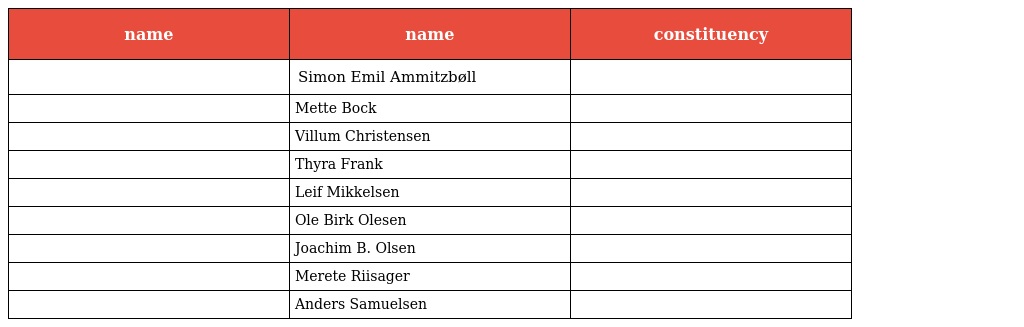
| name | name | constituency |
 | --- | --- | --- |
 |  | Simon Emil Ammitzbøll |  |
 |  | Mette Bock |  |
 |  | Villum Christensen |  |
 |  | Thyra Frank |  |
 |  | Leif Mikkelsen |  |
 |  | Ole Birk Olesen |  |
 |  | Joachim B. Olsen |  |
 |  | Merete Riisager |  |
 |  | Anders Samuelsen |  |